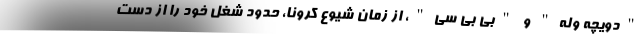
"دویچه وله" و "بی بی سی"، از زمان شیوع کرونا، حدود شغل خود را از دست